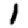
Digit: 1